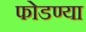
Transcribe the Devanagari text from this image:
फोडण्या